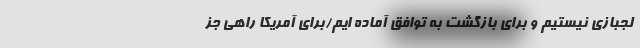
لجبازی نیستیم و برای بازگشت به توافق آماده ایم/برای آمریکا راهی جز